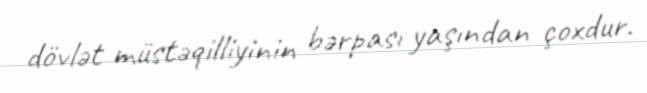
dövlət müstəqilliyinin bərpası yaşından çoxdur.